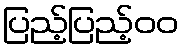
ပြည့်ပြည့်၀၀